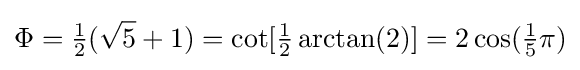
\Phi ={\tfrac {1}{2}}({\sqrt {5}}+1)=\cot[{\tfrac {1}{2}}\arctan(2)]=2\cos({\tfrac {1}{5}}{\pi })